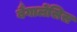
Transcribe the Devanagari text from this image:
बैंगालेंसिस